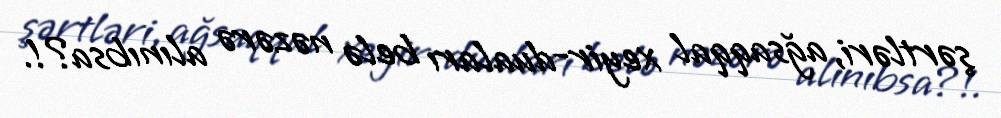
şərtləri, ağsaqqal xeyir-duaları belə nəzərə alınıbsa?!.